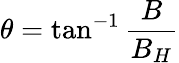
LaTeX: \theta=\tan^{-1}{\frac{B}{B_{H}}}